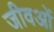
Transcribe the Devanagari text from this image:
जीवओं